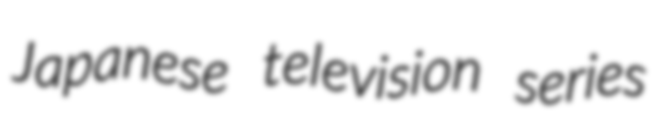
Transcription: Japanese television series